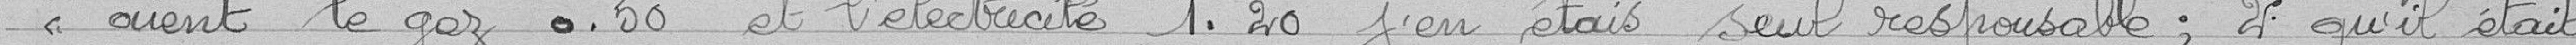
aient le gaz 0,50 et l'électricite 1,20 j'en étais seul responsable ; 2° qu'il était